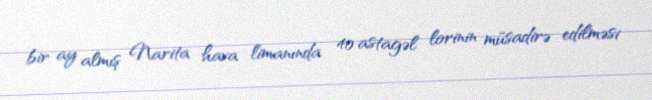
bir ay almış Narita hava limanında 40 astagəl lorinin müsadirə edilməsi